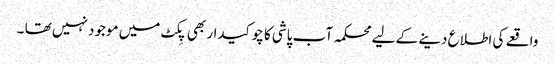
واقعے کی اطلاع دینے کے لیے محکمہ آب پاشی کا چوکیدار بھی پِکٹ میں موجود نہیں تھا ۔